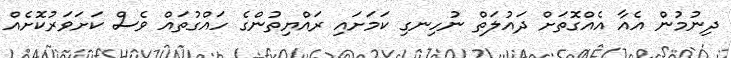
ދިނުމުން އެއާ އެއްގޮތަށް ދައުލަތް ނުހިނގި ކަމަށައި ރައްޔިތުންގެ ހައްގުތައް ވެސް ކަށަވަރުކޮށެއް